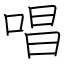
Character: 唱